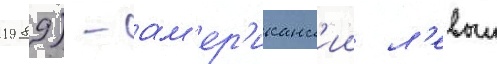
1989) - ам'ер'иканск'ии л'евыи